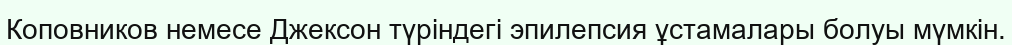
Коповников немесе Джексон түріндегі эпилепсия ұстамалары болуы мүмкін.